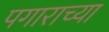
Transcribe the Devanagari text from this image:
पगाराच्या